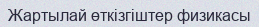
Жартылай өткізгіштер физикасы